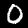
Label: 0